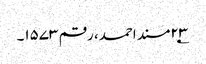
۲۳؂مسند احمد، رقم ۱۵۷۳۔